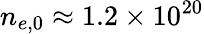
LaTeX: n_{e,0}\approx 1.2\times 10^{20}